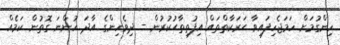
ހިންގުމަށް ހަމަޖެހިފައިވާ ޙަރަކާތްތައް އިފުތިތާޙުކުރުން - ދިވެހިންގެ އާދަ ހުންނަ ގޮތުން ކަމެއް